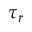
\tau _ { r }